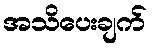
အသိပေးချက်